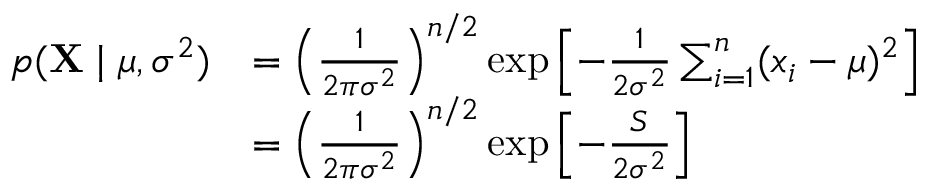
{ \begin{array} { r l } { p ( \mathbf { X } \mid \mu , \sigma ^ { 2 } ) } & { = \left( { \frac { 1 } { 2 \pi \sigma ^ { 2 } } } \right) ^ { n / 2 } \exp \left[ - { \frac { 1 } { 2 \sigma ^ { 2 } } } \sum _ { i = 1 } ^ { n } ( x _ { i } - \mu ) ^ { 2 } \right] } \\ & { = \left( { \frac { 1 } { 2 \pi \sigma ^ { 2 } } } \right) ^ { n / 2 } \exp \left[ - { \frac { S } { 2 \sigma ^ { 2 } } } \right] } \end{array} }